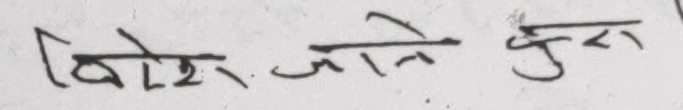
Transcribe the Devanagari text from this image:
विशेष जाने कुरा